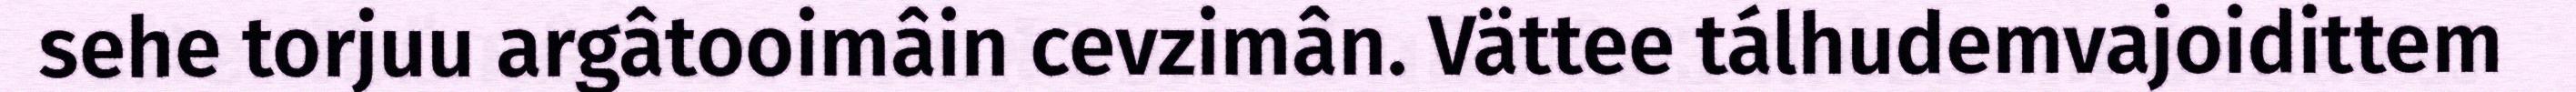
sehe torjuu argâtooimâin cevzimân. Vättee tálhudemvajoidittem